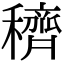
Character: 穧